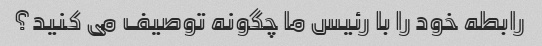
رابطه خود را با رئیس ما چگونه توصیف می کنید؟